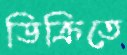
ডিক্রিতে